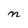
Character: n